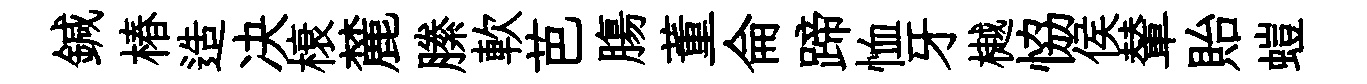
鍼椿造决榱麓縢軟芭膓董侖蹄恤牙樾恊侯輦貽螘